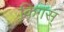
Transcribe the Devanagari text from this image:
किंगस्